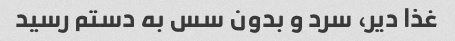
غذا دیر، سرد و بدون سس به دستم رسید